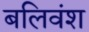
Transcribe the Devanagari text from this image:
बलिवंश